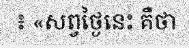
៖ «សព្វថ្ងៃនេះ គឺថា